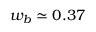
w _ { b } \simeq 0 . 3 7